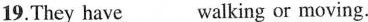
19.They have___ walking or moving.